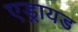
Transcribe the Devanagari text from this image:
एड्रायड